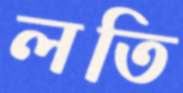
লতি